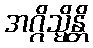
အဂ္ဂိသ္မိန္တိ